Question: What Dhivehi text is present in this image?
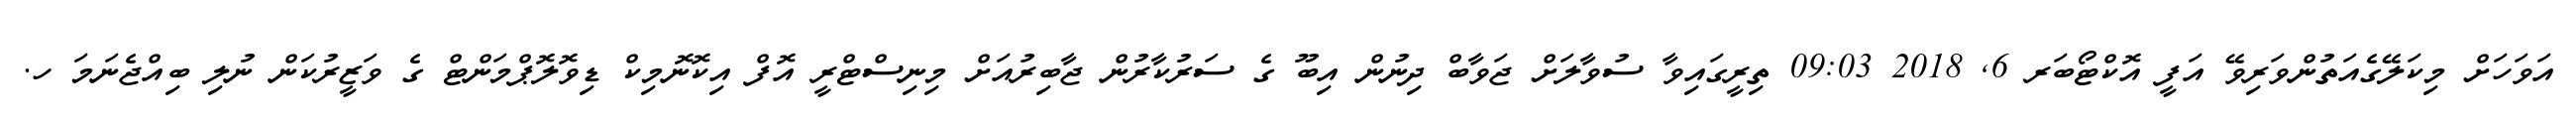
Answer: އަވަހަށް މިކަލޭގެއަތުންވަރިވޭ އަފީ އޮކްޓޯބަރ 6, 2018 09:03 ތިރީގައިވާ ސުވާލަށް ޖަވާބް ދިނުން އިބޫ ގެ ސަރުކާރުން ޖާބިރުއަށް މިނިސްޓްރީ އޮފް އިކޮނޮމިކް ޑިވޮލޮޕްމަންޓް ގެ ވަޒީރުކަން ނުލި ބިއްޖެނަމަ ހ.